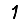
Digit: 1